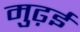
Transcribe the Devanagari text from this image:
मुढ़ई